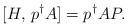
LaTeX: \begin{align*} [H, \, p^\dag A] = p^\dag AP.\end{align*}